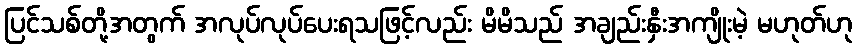
ပြင်သစ်တို့အတွက် အလုပ်လုပ်ပေးရသဖြင့်လည်း မိမိသည် အချည်းနှီးအကျိုးမဲ့ မဟုတ်ဟု